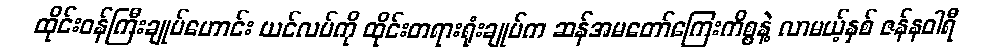
ထိုင်းဝန်ကြီးချုပ်ဟောင်း ယင်လပ်ကို ထိုင်းတရားရုံးချုပ်က ဆန်အမတော်ကြေးကိစ္စနဲ့ လာမယ့်နှစ် ဇန်နဝါရီ